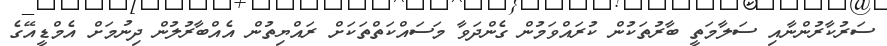
ސަރުކާރުންނާއި ސަލާމަތީ ބާރުތަކުން ކުރައްވަމުން ގެންދަވާ މަސައްކަތްތަކަށް ރައްޔިތުން އެއްބާރުލުން ދިނުމަށް އެމްޑީއޭގެ